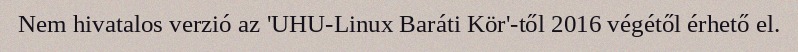
Nem hivatalos verzió az 'UHU-Linux Baráti Kör'-től 2016 végétől érhető el.